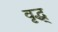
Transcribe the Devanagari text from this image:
वृद्ध्